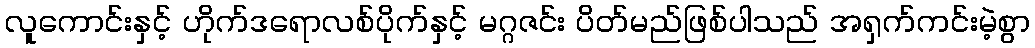
လူကောင်းနှင့် ဟိုက်ဒရောလစ်ပိုက်နှင့် မဂ္ဂဇင်း ပိတ်မည်ဖြစ်ပါသည် အရှက်ကင်းမဲ့စွာ